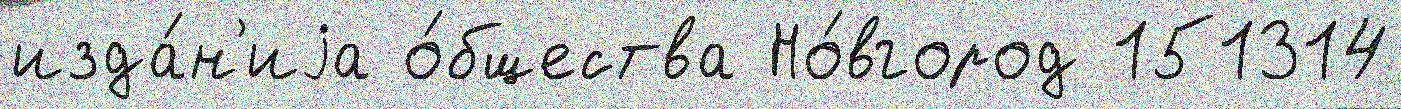
изда́н'иjа о́бщества Но́вгород 151314